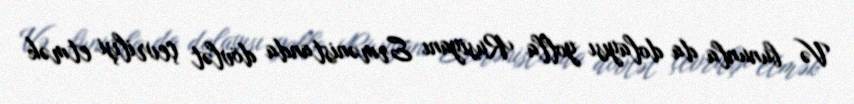
Və bununla da dolayısı yolla Rusiyanı Ermənistanda dövlət çevrilişi etmək